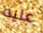
عليه